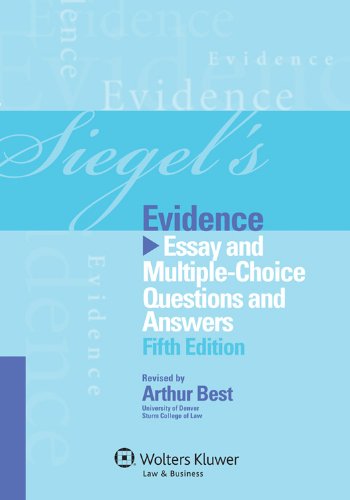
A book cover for Siegel's Evidence: Essay & Multiple Choice Questions & Answers, 5th Edition; Brian N. Siegel; Law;